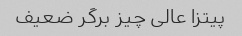
پیتزا عالی چیز برگر ضعیف